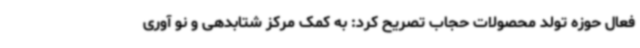
فعال حوزه تولد محصولات حجاب تصریح کرد: به کمک مرکز شتابدهی و نو آوری